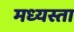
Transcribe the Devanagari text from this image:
मध्‍यस्ता